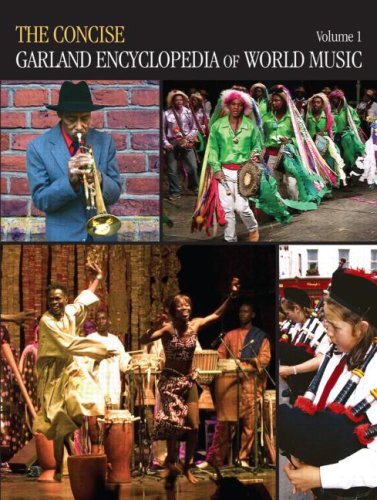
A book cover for The Concise Garland Encyclopedia of World Music; Douglas Puchowski; Reference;